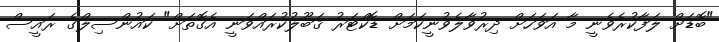
"ބޮޑަށް ލަފާކުރެވެނީ މާ އަވަހަށް ދިރުވާލެވުނީކަމަށް ޑޮކްޓަރު ޤަބޫލުކުރައްވަނީ އެގޮތަށް" ކައުންސިލްގެ ރައީސް